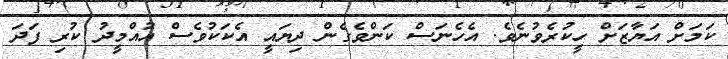
ކަމަށް އަޔާޒަށް ހީކުރެވުނެވެ. އެހެނަސް ކަންވެގެން ދިޔައީ އެކަކުވެސް އުއްމީދު ކުރި ފަދަ